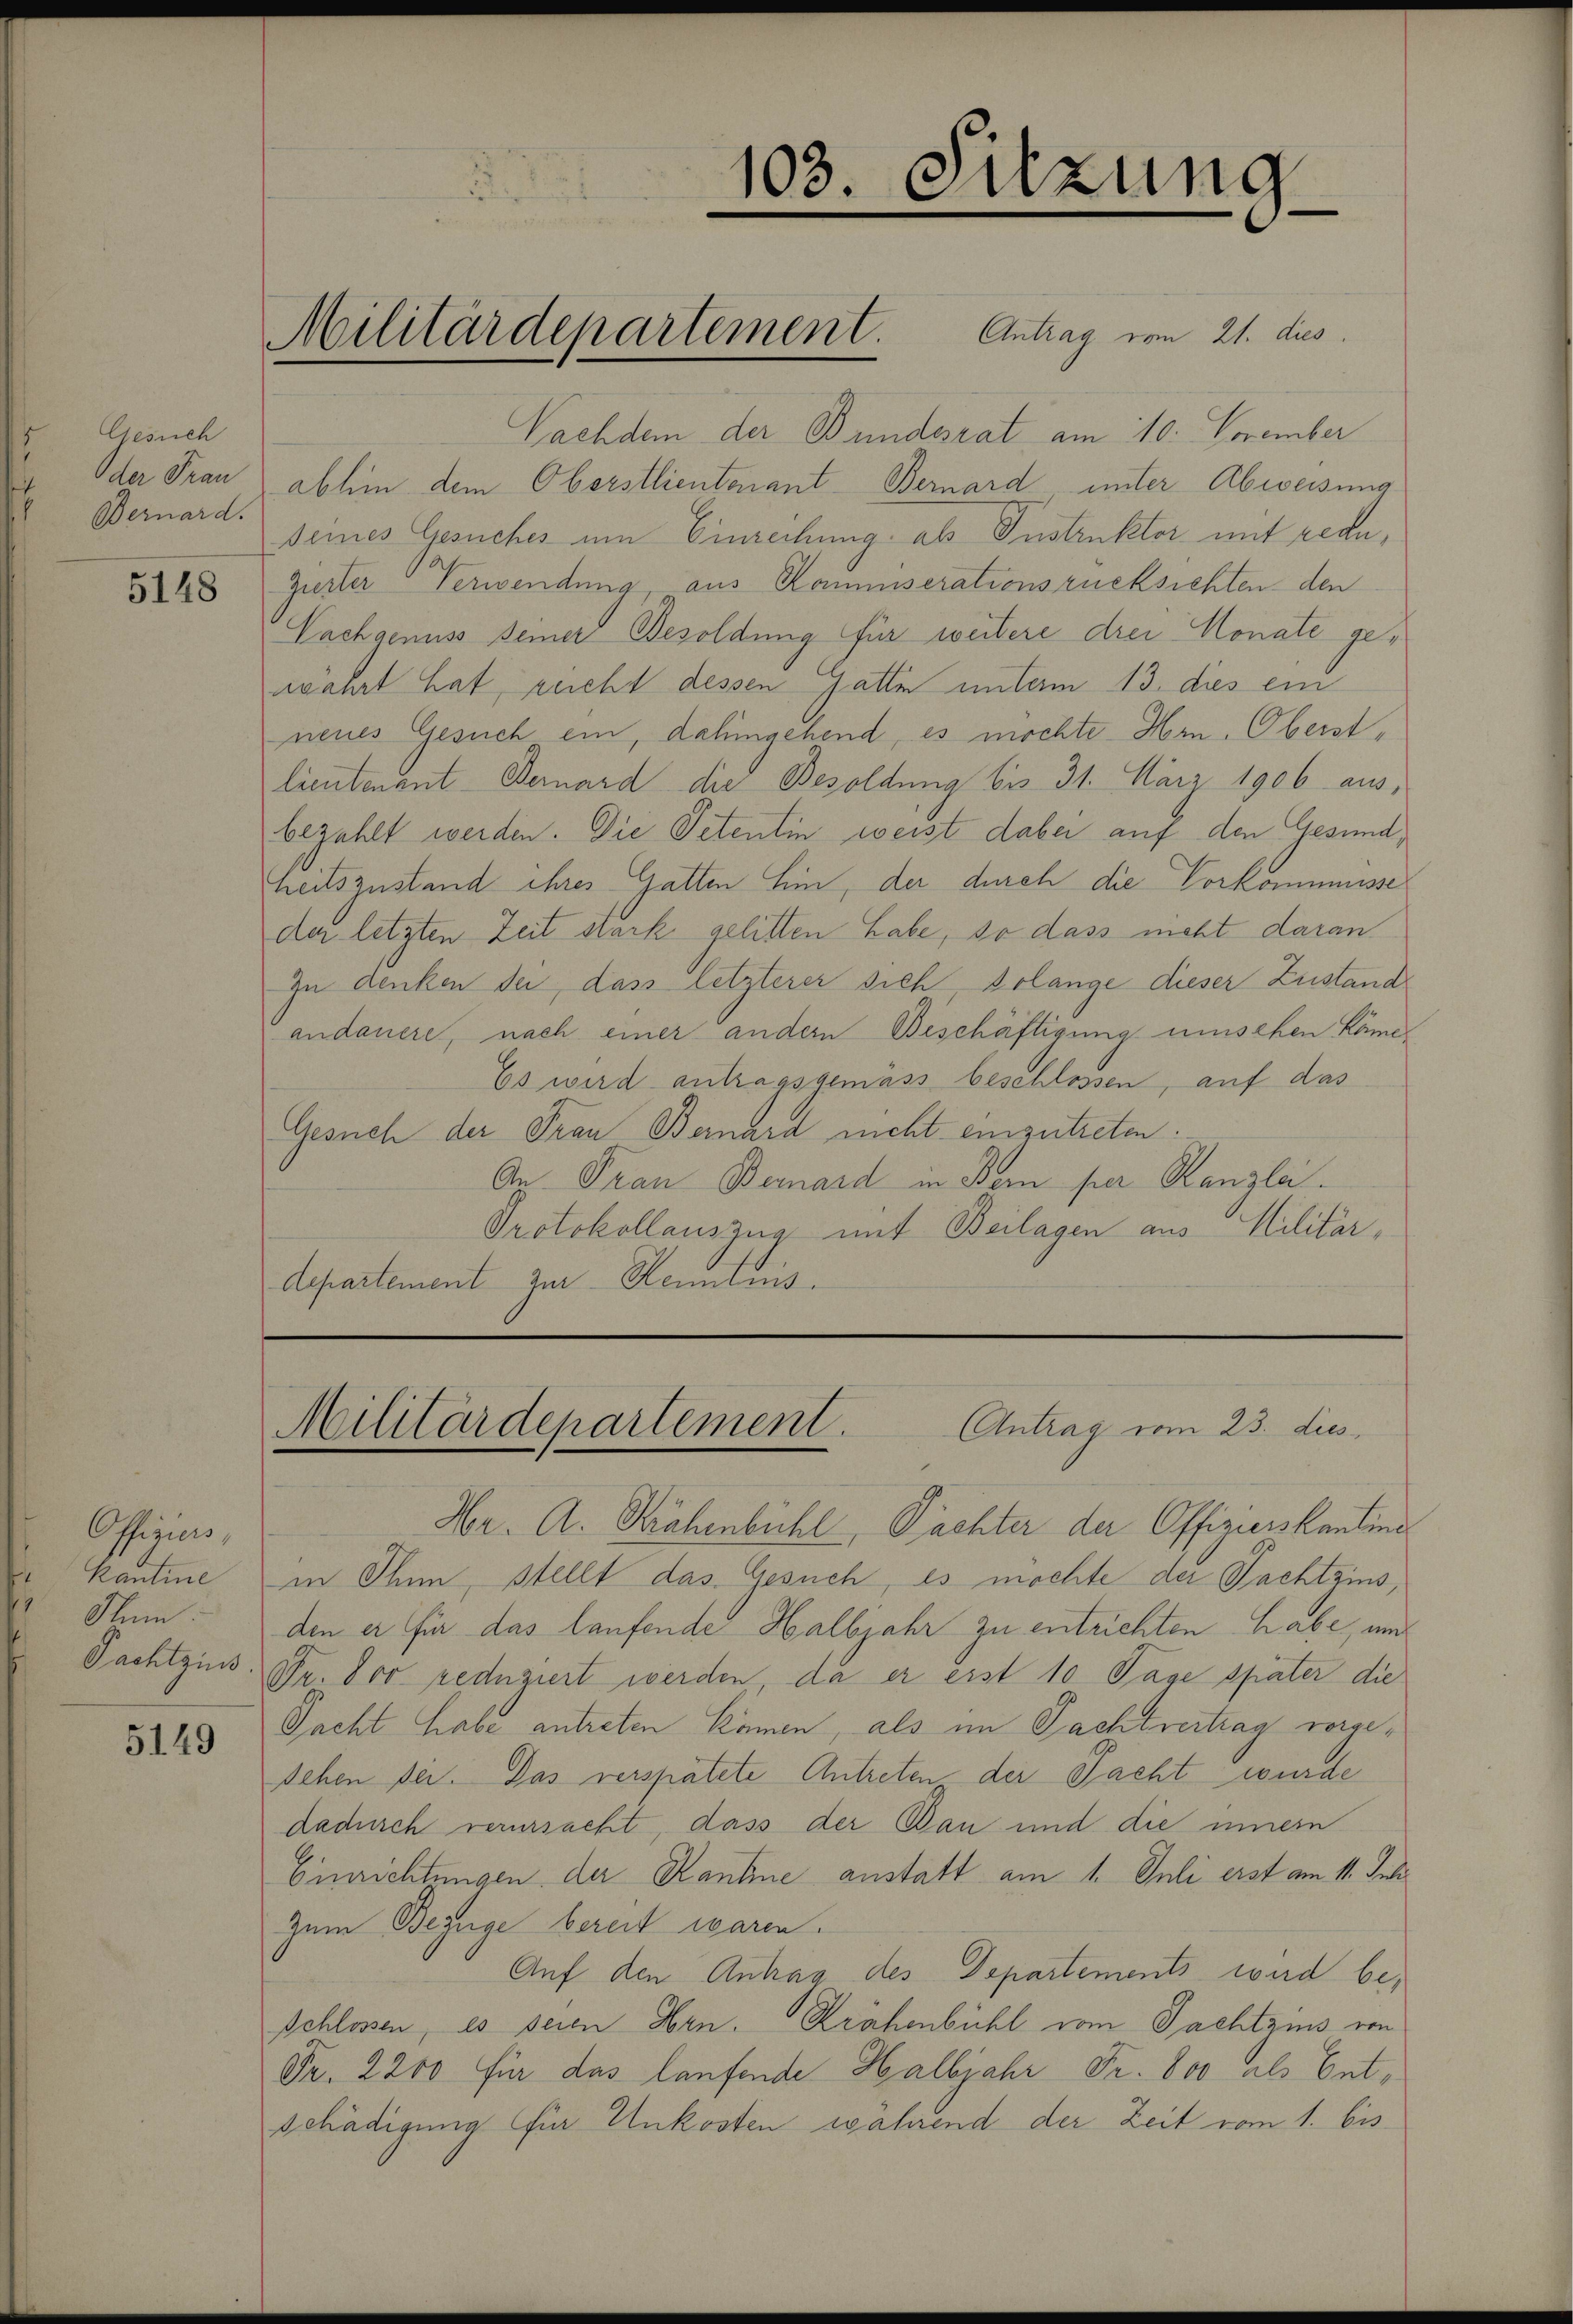
Gesuch
Oder Frau
Bernard.

5148

Offiziers,
Sum:
Pachtzins.

5149

Militärdepartement. Antrag vom 21. dies

103. Sitzung

Nachdem der Bundesrat am 10. November
abhin dem Oberstlieutenant Bernard unter Abweisung
seines Gesuches um Einrechung als Instruktor mit rede,
Ziester Verwendung, aus Kommiserationsrücksichten den
Vachgenuss seiner Besoldung für weitere drei Monate gewährt hat, recht dessen Gatte unterm 13. dies ein
nenes Gesuch ein, dahingehend, es möchte Hrn. Oberstlieutenant Bernard die Besoldung bis 31. März 1906 aus,
bezahlt werden. Die Petentin weist dabei auf den Gesund,
heitszustand ihres Gatten hin, der durch die Vorkommnisse
der letzten Zeit stark gelitten habe, so dass nicht daran
In denken sei, dass letzterer sich Volange dieser Zustand
andauere, nach einer andern Beschäftigung umsehen Käme¬
Es wird antragsgemäss beschlossen, auf das
Gesuch der Frau Bernard nicht einzutreten.
An Frau Bernard in Bern per Kanzlei.
Protokollauszug mit Beilagen aus Militär¬
Aepartement zur Kenntnis.

Antrag vom 23. dies
Militärdepartement.

Hr. A. Krähenbühl, Pachter der Offizierskanting
kantone in Thun, stellt das Gesuch, es möchte der Pachtzins,
den er für das laufende Halbjahr zu entrichten habe, und
Fr. 800 reduziert werden, da er erst 10 Tage später die
Pacht habe antreten kämen, als im Pachtvertrag vorgesehen sei. Das verspätete Antreten der Pacht wurde
dadurch verursacht, dass der Bau und die innern
Einrichtungen der Kantine anstatt am 1. Juli erst am 11. Juli
Zum Bezüge bereit waren.
Auf den Antrag des Departements wird be¬
Schlossen, es seien Hrn. Krähenbühl vom Pachtzins von
Fr. 2200 für das laufende Halbjahr Fr. 800 als Entschädigung für Unkosten wahrend der Zeit vom 1. bis